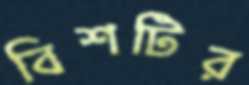
বিশটির